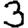
Digit: 3